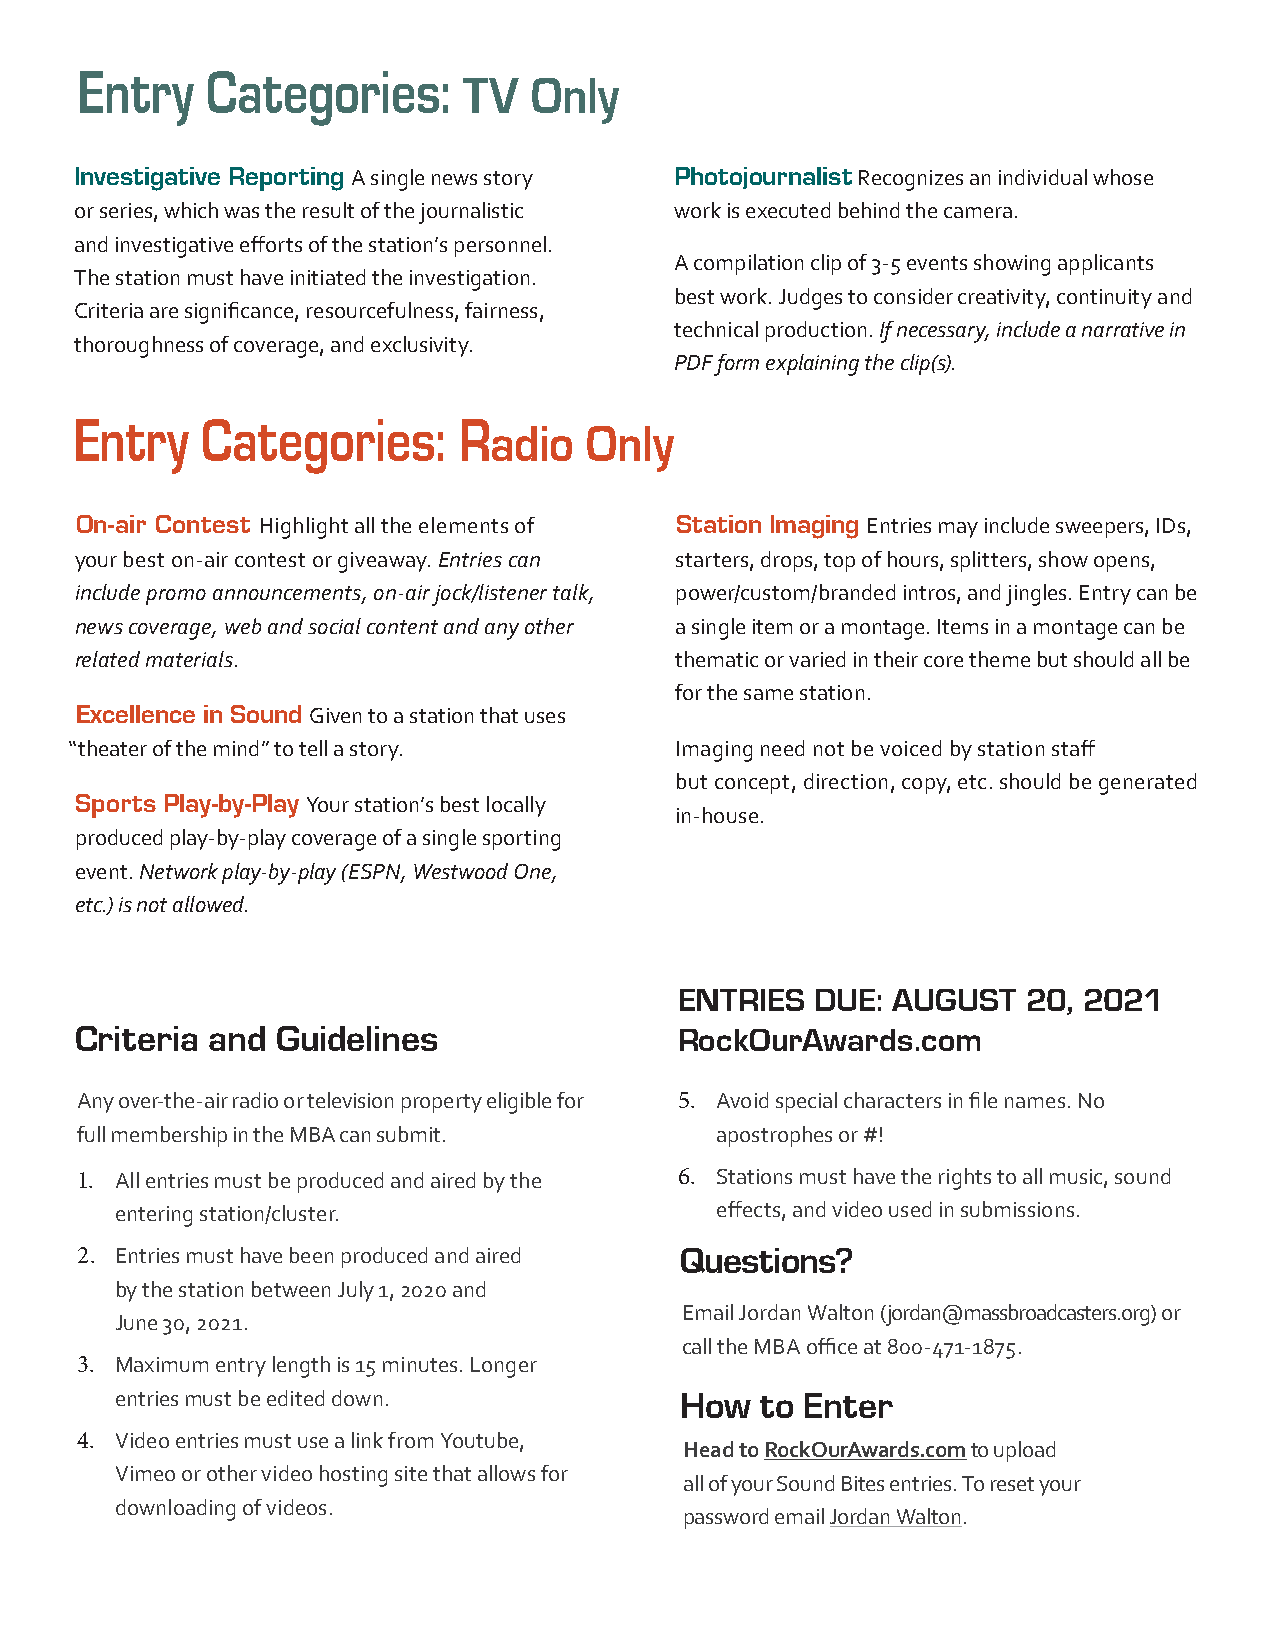
Entry    Categories:
 TV  Only
 Investigative Reporting A single news story Photojournalist Recognizes an individual whose
 or series, which was the result of the journalistic work is executed behind the camera.
 and investigative efforts of the station’s personnel.
 A compilation clip of 3-5 events showing applicants
 The station must have initiated the investigation.
 best work. Judges to consider creativity, continuity and
 Criteria are significance, resourcefulness, fairness,
 technical production. If necessary, include a narrative in
 thoroughness of coverage, and exclusivity.
 PDF form explaining the clip(s).
 Entry   Categories:      R
 adio   Only
 On-air Contest Highlight all the elements of Station Imaging Entries may include sweepers, IDs,
 your best on-air contest or giveaway. Entries can starters, drops, top of hours, splitters, show opens,
 include promo announcements, on-air jock/listener talk, power/custom/branded intros, and jingles. Entry can be
 news coverage, web and social content and any other a single item or a montage. Items in a montage can be
 related materials.                      thematic or varied in their core theme but should all be
 for the same station.
 Excellence in Sound Given to a station that uses
 “theater of the mind” to tell a story.   Imaging need not be voiced by station staff
 but concept, direction, copy, etc. should be generated
 Sports Play-by-Play Your station’s best locally
 in-house.
 produced play-by-play coverage of a single sporting
 event. Network play-by-play (ESPN, Westwood One,
 etc.) is not allowed.
 ENTRIES  DUE: AUGUST   20, 2021
 Criteria and Guidelines                 RockOurAwards.com
 Any over-the-air radio or television property eligible for 5. Avoid special characters in file names. No
 full membership in the MBA can submit.    apostrophes or #!
 1. All entries must be produced and aired by the 6. Stations must have the rights to all music, sound
 entering station/cluster.              effects, and video used in submissions.
 2. Entries must have been produced and aired Questions?
 by the station between July 1, 2020 and
 Email Jordan Walton (jordan@massbroadcasters.org) or
 June 30, 2021.
 call the MBA office at 800-471-1875.
 3. Maximum entry length is 15 minutes. Longer
 entries must be edited down.         How  to Enter
 4. Video entries must use a link from Youtube,
 Head to RockOurAwards.com to upload
 Vimeo or other video hosting site that allows for
 all of your Sound Bites entries. To reset your
 downloading of videos.
 password email Jordan Walton.